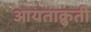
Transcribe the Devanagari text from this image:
आयताक्रुती